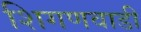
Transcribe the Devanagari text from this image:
शिगणवाडी